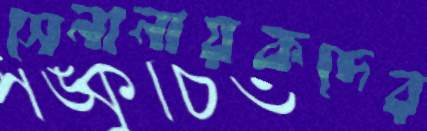
সেনানায়কদের